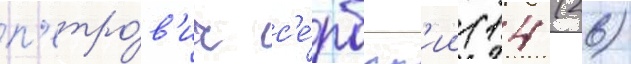
п'етро́в'ич с'е́рбск'ии (14 (26)